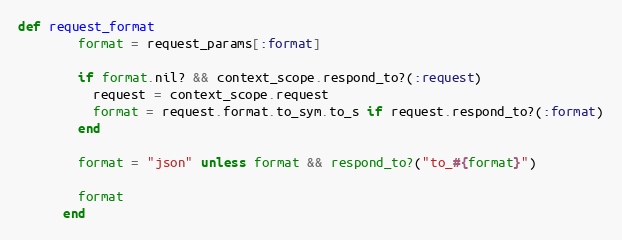
Language: Ruby
def request_format
        format = request_params[:format]

        if format.nil? && context_scope.respond_to?(:request)
          request = context_scope.request
          format = request.format.to_sym.to_s if request.respond_to?(:format)
        end

        format = "json" unless format && respond_to?("to_#{format}")

        format
      end